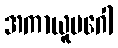
အကာယူပဂေါ